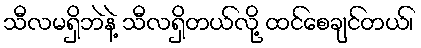
သီလမရှိဘဲနဲ့ သီလရှိတယ်လို့ ထင်စေချင်တယ်၊